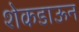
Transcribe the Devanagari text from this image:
शेकडाऊन